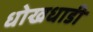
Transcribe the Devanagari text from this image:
धोखधाडी